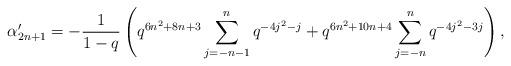
LaTeX: \begin{align*} \alpha'_{2n+1} = -\frac{1}{1-q}\left(q^{6n^2+8n+3}\sum_{j=-n-1}^{n}q^{-4j^2-j} + q^{6n^2+10n+4}\sum_{j=-n}^{n}q^{-4j^2-3j}\right),\end{align*}